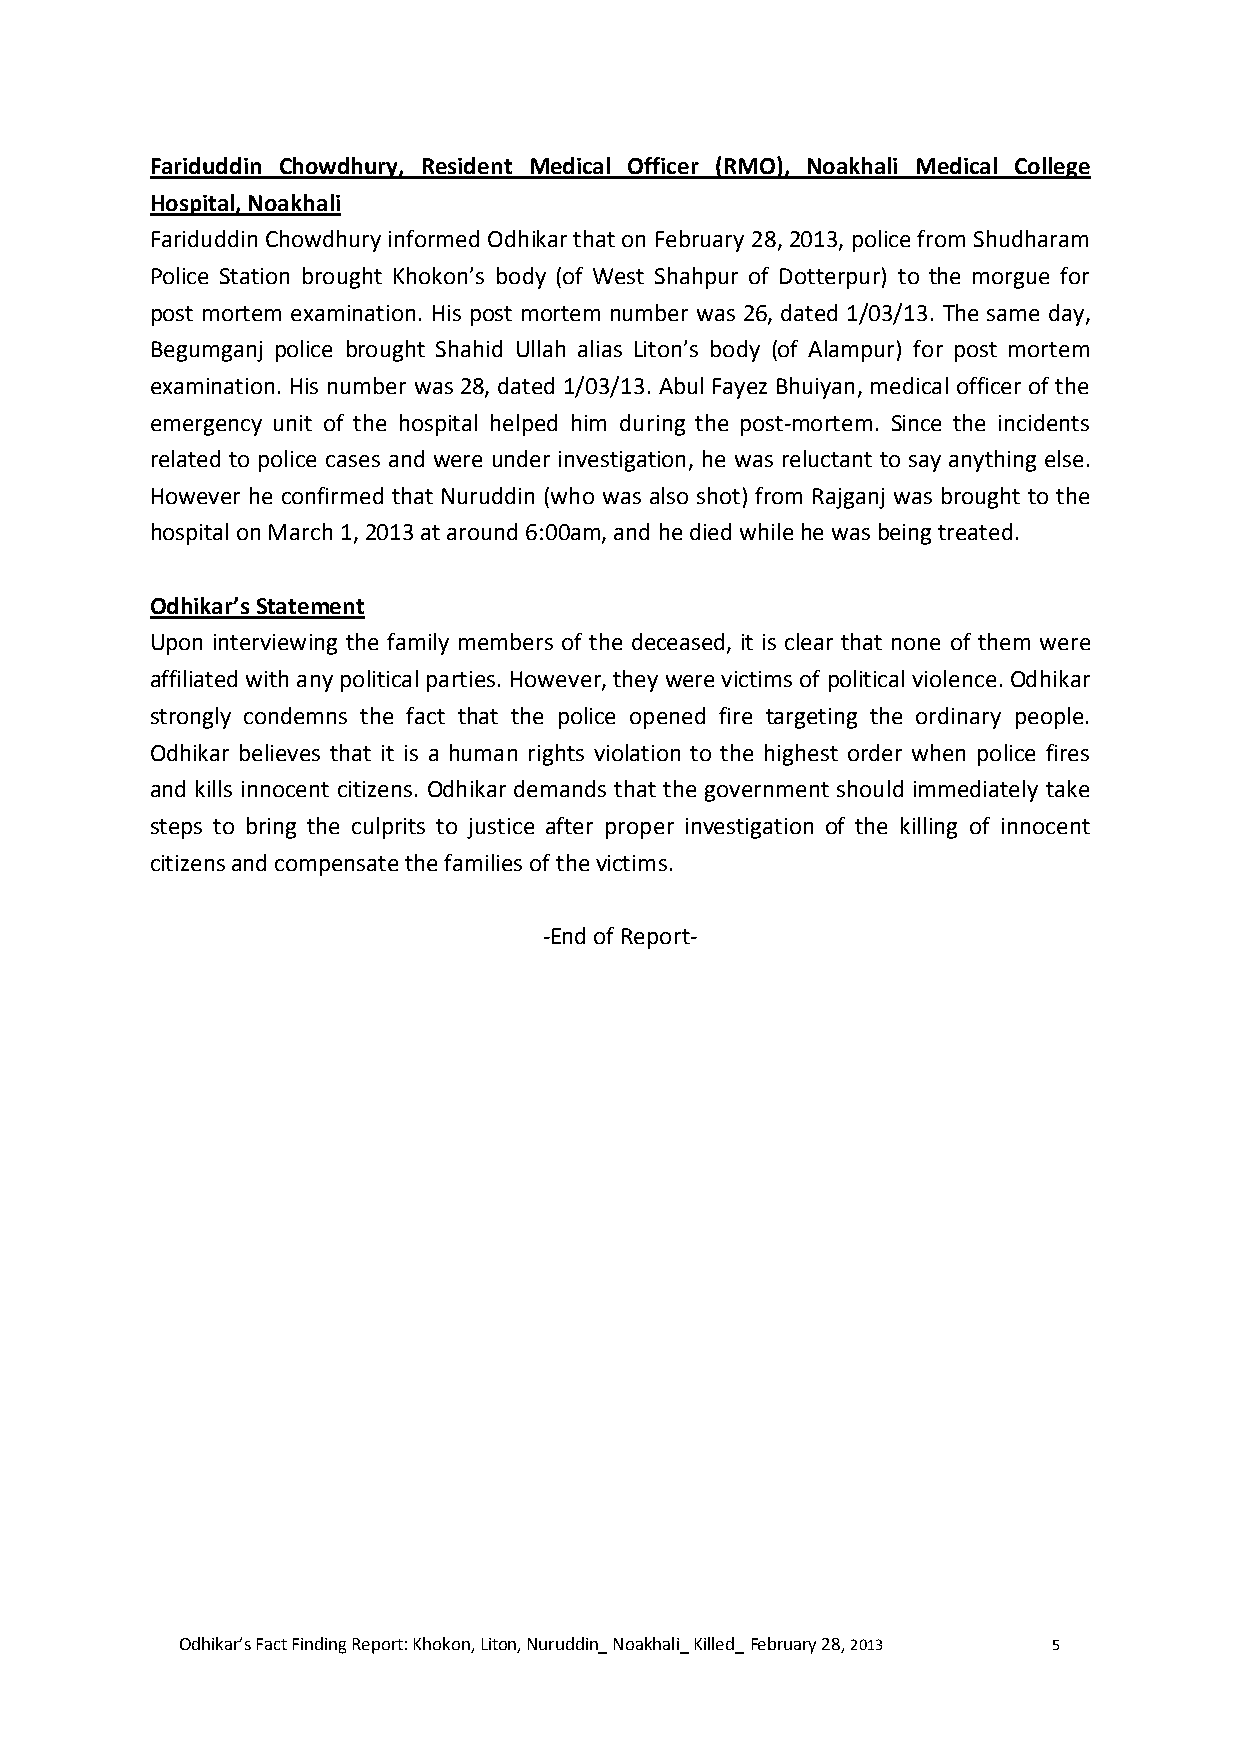
Fariduddin Chowdhury, Resident Medical Officer (RMO), Noakhali Medical College
 Hospital, Noakhali
 Fariduddin Chowdhury informed Odhikar that on February 28, 2013, police from Shudharam
 Police Station brought Khokon’s body (of West Shahpur of Dotterpur) to the morgue for
 post mortem examination. His post mortem number was 26, dated 1/03/13. The same day,
 Begumganj police brought Shahid Ullah alias Liton’s body (of Alampur) for post mortem
 examination. His number was 28, dated 1/03/13. Abul Fayez Bhuiyan, medical officer of the
 emergency unit of the hospital helped him during the post-mortem. Since the incidents
 related to police cases and were under investigation, he was reluctant to say anything else.
 However he confirmed that Nuruddin (who was also shot) from Rajganj was brought to the
 hospital on March 1, 2013 at around 6:00am, and he died while he was being treated.
 Odhikar’s Statement
 Upon interviewing the family members of the deceased, it is clear that none of them were
 affiliated with any political parties. However, they were victims of political violence. Odhikar
 strongly condemns the fact that the police opened fire targeting the ordinary people.
 Odhikar believes that it is a human rights violation to the highest order when police fires
 and kills innocent citizens. Odhikar demands that the government should immediately take
 steps to bring the culprits to justice after proper investigation of the killing of innocent
 citizens and compensate the families of the victims.
 -End of Report-
 Odhikar’s Fact Finding Report: Khokon, Liton, Nuruddin_ Noakhali_ Killed_ February 28, 2013 5